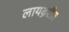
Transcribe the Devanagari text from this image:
लायब्ररीत